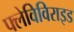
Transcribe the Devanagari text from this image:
फ्लेविविराइड